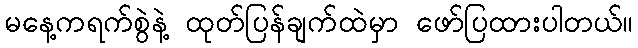
မနေ့ကရက်စွဲနဲ့ ထုတ်ပြန်ချက်ထဲမှာ ဖော်ပြထားပါတယ်။